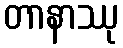
တာနာဿု